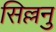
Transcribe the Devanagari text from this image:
सिल्लनु